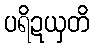
ပရိဍယှတိ